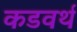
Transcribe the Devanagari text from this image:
कडवर्थ